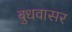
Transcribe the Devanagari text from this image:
बुधवासर